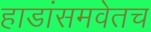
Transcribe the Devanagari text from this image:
हाडांसमवेतच